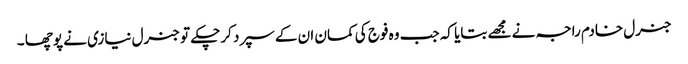
جنرل خادم راجہ نے مجھے بتایا کہ جب وہ فوج کی کمان ان کے سپرد کرچکے تو جنرل نیازی نے پوچھا ۔